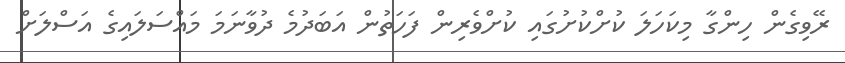
ރޭވިގެން ހިންގާ މިކަހަލަ ކުށްކުށުގައި ކުށްވެރިން ފަހަތުން އަބަދުމެ ދުވާނަމަ މައްސަލައިގެ އަސްލަށް